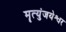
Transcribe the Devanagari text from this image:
मॄत्युंजयेश्वर